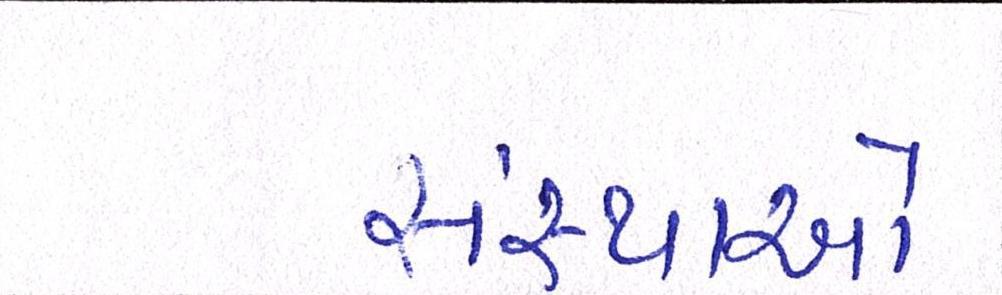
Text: સંસ્થાઓ